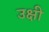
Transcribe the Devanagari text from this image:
उक्षी